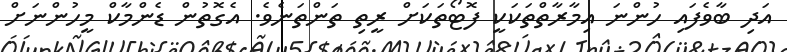
އަދި ބާވެފައި ހުންނަ އިމާރާތްތަކަކީ ފޮޓޯތަކަށް ރީތި ތަންތަނެވެ. އެގޮތުން ޑެންމާކް މީހުންނަށް